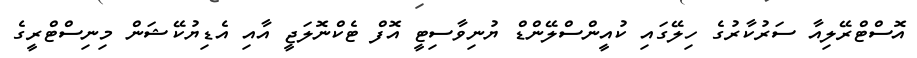
އޮސްޓްރޭލިއާ ސަރުކާރުގެ ހިލޭގައި ކުއީންސްލޭންޑް ޔުނިވާސިޓީ އޮފް ޓެކްނޮލަޖީ އާއި އެޑިޔުކޭޝަން މިނިސްޓްރީގެ